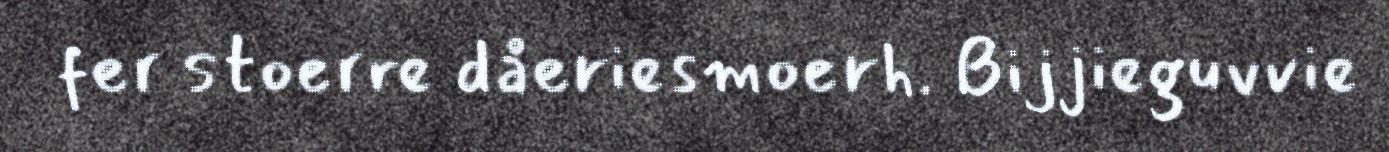
fer stoerre dåeriesmoerh. Bijjieguvvie